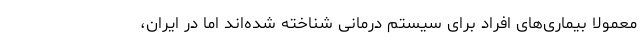
معمولا بیماری‌های افراد برای سیستم درمانی شناخته شده‌اند اما در ایران،